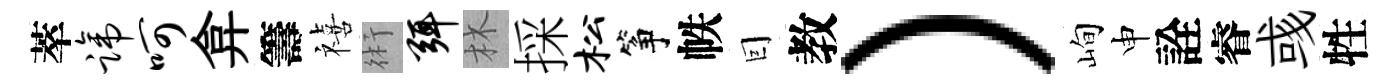
萃蹄呵弇籌禧術弭林採松筝帙囙教）峋申詮睿彧牲